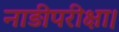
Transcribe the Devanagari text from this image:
नाड़ीपरीक्षा।